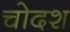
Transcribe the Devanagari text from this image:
चोदश